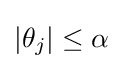
\left|\theta _{j}\right|\leq \alpha